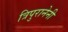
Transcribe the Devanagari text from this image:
त्रिपुरानेनी